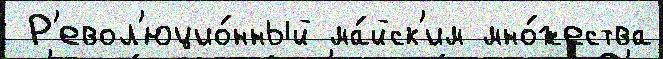
 Р'евол'юцио́нный ма́йск'им мно́жества